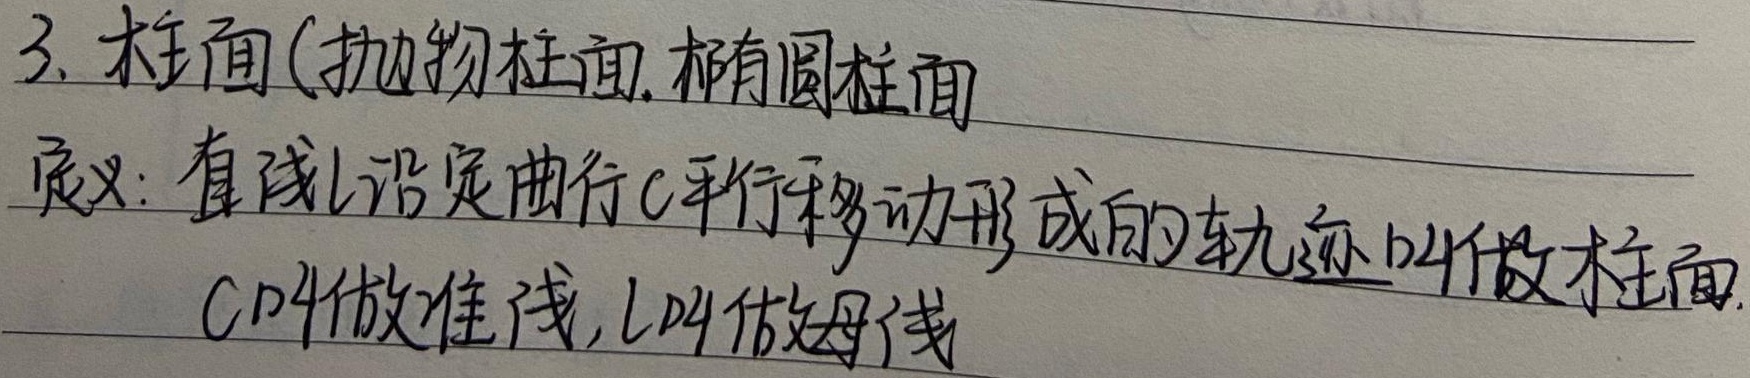
3. 柱面（抛物柱面，椭圆柱面）定义：直线 \(l\) 沿定曲线 \(C\) 平行移动形成的轨迹叫做柱面。\(C\) 叫做准线，\(l\) 叫做母线。